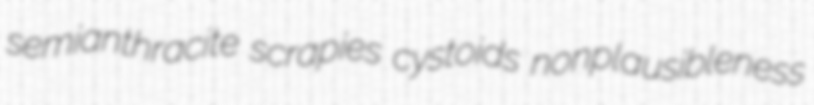
semianthracite scrapies cystoids nonplausibleness